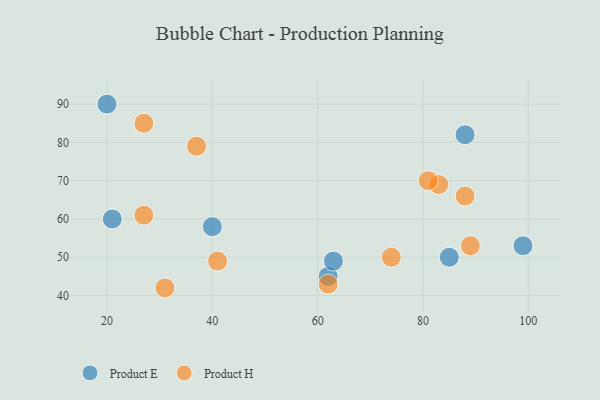
{"axis": {"x": "GDP", "y": "Life Expectancy"}, "legend": ["Product E", "Product H"], "data": [{"x": "62", "y": 45, "type": "Product E"}, {"x": "40", "y": 58, "type": "Product E"}, {"x": "85", "y": 50, "type": "Product E"}, {"x": "88", "y": 82, "type": "Product E"}, {"x": "20", "y": 90, "type": "Product E"}, {"x": "99", "y": 53, "type": "Product E"}, {"x": "63", "y": 49, "type": "Product E"}, {"x": "21", "y": 60, "type": "Product E"}, {"x": "83", "y": 69, "type": "Product H"}, {"x": "37", "y": 79, "type": "Product H"}, {"x": "27", "y": 61, "type": "Product H"}, {"x": "62", "y": 43, "type": "Product H"}, {"x": "88", "y": 66, "type": "Product H"}, {"x": "41", "y": 49, "type": "Product H"}, {"x": "81", "y": 70, "type": "Product H"}, {"x": "27", "y": 85, "type": "Product H"}, {"x": "31", "y": 42, "type": "Product H"}, {"x": "89", "y": 53, "type": "Product H"}, {"x": "74", "y": 50, "type": "Product H"}]}